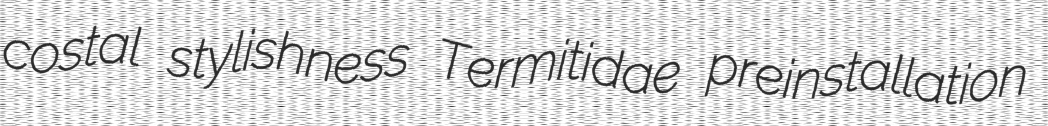
costal stylishness Termitidae preinstallation